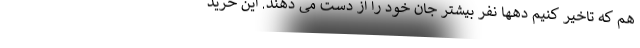
هم که تاخیر کنیم دهها نفر بیشتر جان خود را از دست می دهند. این خرید